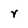
Character: r